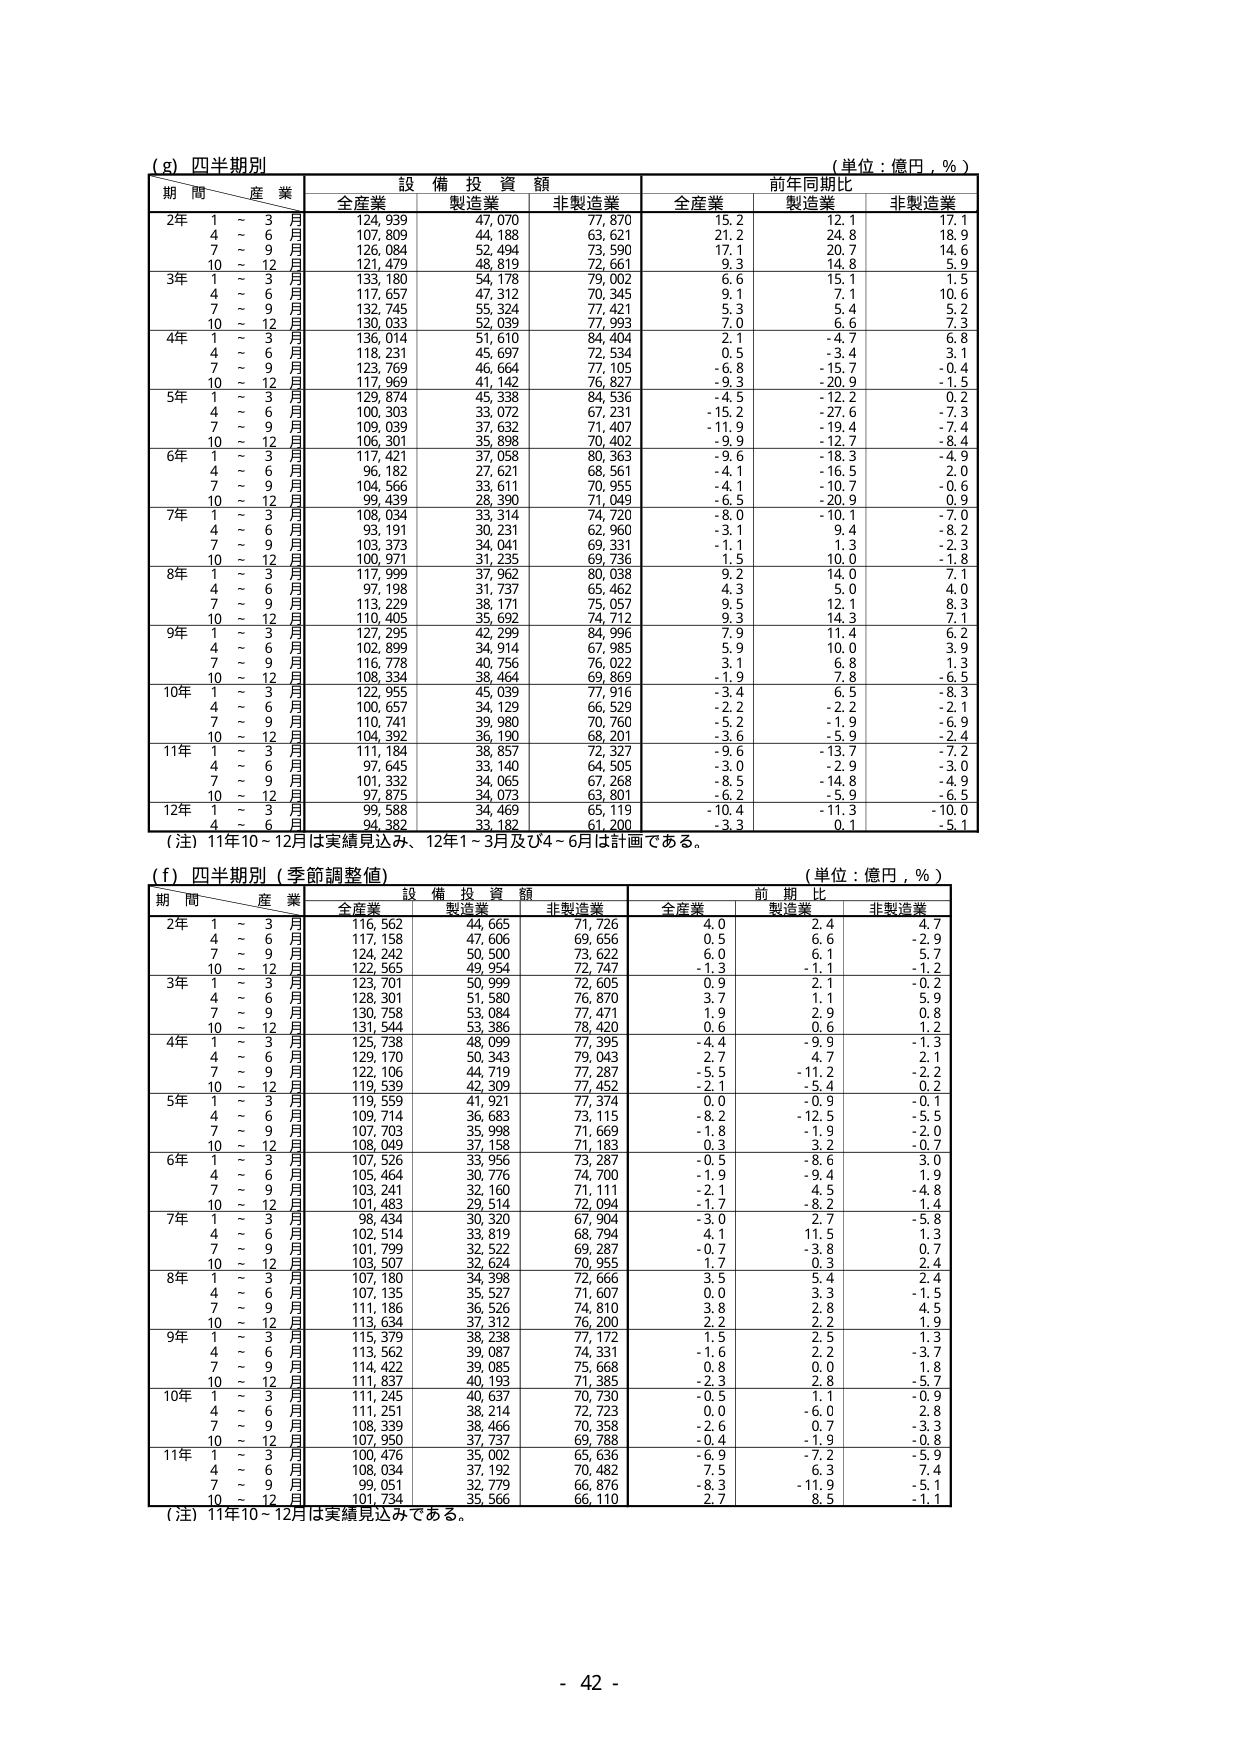
(g) 四半期別
(単位：億円，％)
期 間／産 業 設 備 投 資 額 前年同期比
全産業 製造業 非製造業 全産業 製造業 非製造業
2年 1～3月 124,939 47,070 77,870 15.2 12.1 17.1
4～6月 107,809 44,188 63,621 21.2 24.8 18.9
7～9月 126,084 52,494 73,590 17.1 20.7 14.6
10～12月 121,479 48,819 72,661 9.3 14.8 5.9
3年 1～3月 133,180 54,178 79,002 6.6 15.1 1.5
4～6月 117,657 47,312 70,345 9.1 7.1 10.6
7～9月 132,745 55,324 77,421 5.3 5.4 5.2
10～12月 130,033 52,039 77,993 7.0 6.6 7.3
4年 1～3月 136,014 51,610 84,404 2.1 -4.7 6.8
4～6月 118,231 45,697 72,534 0.5 -3.4 3.1
7～9月 123,769 46,664 77,105 -6.8 -15.7 -0.4
10～12月 117,969 41,142 76,827 -9.3 -20.9 -1.5
5年 1～3月 129,874 45,338 84,536 -4.5 -12.2 0.2
4～6月 100,303 33,072 67,231 -15.2 -27.6 -7.3
7～9月 109,039 37,632 71,407 -11.9 -19.4 -7.4
10～12月 106,301 35,898 70,402 -9.9 -12.7 -8.4
6年 1～3月 117,421 37,058 80,363 -9.6 -18.3 -4.9
4～6月 96,182 27,621 68,561 -4.1 -16.5 2.0
7～9月 104,566 33,611 70,955 -4.1 -10.7 -0.6
10～12月 99,439 28,390 71,049 -6.5 -20.9 0.9
7年 1～3月 108,034 33,314 74,720 -8.0 -10.1 -7.0
4～6月 93,191 30,231 62,960 -3.1 9.4 -8.2
7～9月 103,373 34,041 69,331 -1.1 1.3 -2.3
10～12月 100,971 31,235 69,736 1.5 10.0 7.1
8年 1～3月 117,999 37,962 80,037 9.2 14.0 7.1
4～6月 97,198 31,737 65,462 4.3 5.0 4.0
7～9月 113,229 38,171 75,057 9.5 12.1 8.3
10～12月 110,405 35,692 74,712 9.3 14.3 7.1
9年 1～3月 127,295 42,299 84,996 7.9 11.4 6.2
4～6月 102,899 34,914 67,985 5.9 10.0 3.9
7～9月 116,778 40,756 76,022 3.1 6.8 1.3
10～12月 108,334 38,464 69,869 -1.9 7.8 -6.5
10年 1～3月 122,955 45,039 77,916 -3.4 6.5 -8.3
4～6月 100,657 34,129 66,529 -2.2 -2.2 -2.1
7～9月 110,741 39,980 70,760 -5.2 -1.9 -6.9
10～12月 104,392 36,190 68,201 -3.6 -5.9 -2.4
11年 1～3月 111,184 36,857 72,327 -9.6 -13.7 -7.2
4～6月 97,645 33,140 64,505 -3.0 -2.9 -3.0
7～9月 101,332 34,065 67,268 -8.5 -14.8 -4.9
10～12月 97,875 34,073 63,801 -6.2 -5.9 -6.5
12年 1～3月 99,588 34,469 65,119 -10.4 -11.3 -10.0
4～6月 94,382 33,182 61,200 -3.3 0.1 -5.1
（注）11年10～12月は実績見込み、12年1～3月及び4～6月は計画である。

(f) 四半期別（季節調整値）
(単位：億円，％)
期 間／産 業 設 備 投 資 額 前 期 比
全産業 製造業 非製造業 全産業 製造業 非製造業
2年 1～3月 116,562 44,665 71,726 4.0 2.4 4.7
4～6月 117,158 47,606 69,656 0.5 6.6 -2.9
7～9月 124,242 50,500 73,622 6.0 6.1 5.7
10～12月 122,565 49,954 72,747 -1.3 -1.1 -1.2
3年 1～3月 123,701 50,999 72,605 0.9 2.1 -0.2
4～6月 128,301 51,580 76,870 3.7 1.1 5.9
7～9月 130,758 53,084 77,471 1.9 2.9 0.8
10～12月 131,544 53,386 78,420 0.6 0.6 1.2
4年 1～3月 125,738 48,099 77,395 -4.4 -9.9 -1.3
4～6月 129,170 50,343 79,043 2.7 -4.7 2.1
7～9月 122,106 44,719 77,287 -5.5 -11.2 -2.2
10～12月 119,539 42,309 77,452 -2.1 -5.4 0.2
5年 1～3月 119,569 41,921 77,374 0.0 -0.9 -0.1
4～6月 109,714 36,683 73,115 -8.2 -12.5 -5.5
7～9月 107,703 35,998 71,669 -1.8 -1.9 -2.0
10～12月 108,049 37,158 71,183 0.3 3.2 -0.7
6年 1～3月 107,526 33,956 73,287 -0.5 -8.6 3.0
4～6月 105,464 30,776 74,700 -1.9 -9.4 1.9
7～9月 103,241 32,160 71,111 -2.1 -4.5 -4.8
10～12月 101,483 29,514 72,094 -1.7 -8.2 1.4
7年 1～3月 98,434 30,320 67,904 -3.0 2.7 -5.8
4～6月 102,514 33,819 68,794 4.1 11.5 1.3
7～9月 101,799 32,522 69,287 -0.7 -3.8 0.7
10～12月 103,507 32,624 70,955 1.7 0.3 2.4
8年 1～3月 107,180 34,398 72,666 3.5 5.4 2.4
4～6月 107,135 35,327 71,607 0.0 3.3 -1.5
7～9月 111,186 36,526 74,810 3.8 2.8 4.5
10～12月 113,634 37,312 76,200 2.2 2.2 1.9
9年 1～3月 115,379 38,238 77,172 1.5 2.5 1.3
4～6月 113,562 39,087 74,331 -1.6 2.2 -3.7
7～9月 114,422 39,085 75,668 0.8 0.0 1.8
10～12月 111,837 40,193 71,385 -2.3 2.8 -5.7
10年 1～3月 111,245 40,637 70,730 -0.5 1.1 -0.9
4～6月 111,251 38,214 72,723 0.0 -6.0 2.8
7～9月 108,339 38,466 70,358 -2.6 0.7 -3.3
10～12月 107,950 37,737 69,788 -0.4 -1.9 -0.8
11年 1～3月 100,476 35,002 65,636 -6.9 -7.2 -5.9
4～6月 108,034 37,192 70,482 7.5 6.3 7.4
7～9月 99,051 32,779 66,876 -8.3 -11.9 -5.1
10～12月 101,734 35,566 66,110 2.7 -8.5 -1.1
（注）11年10～12月は実績見込みである。

- 42 -